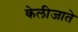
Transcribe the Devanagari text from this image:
केलीजाते